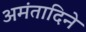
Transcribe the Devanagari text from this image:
अमंतादिने